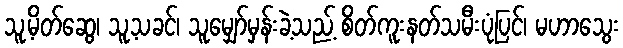
သူ့မိတ်ဆွေ၊ သူ့သခင်၊ သူမျှော်မှန်းခဲ့သည့် စိတ်ကူးနတ်သမီးပုံပြင်၊ မဟာသွေး